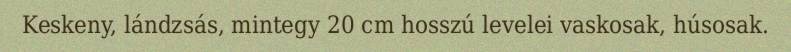
Keskeny, lándzsás, mintegy 20 cm hosszú levelei vaskosak, húsosak.